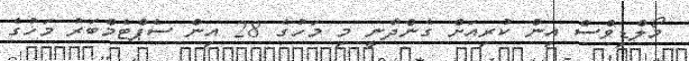
މޯލްޑިވްސް އިން ކުރިއަށް ގެންދާނީ މި މަހުގެ 28 އިން ސެޕްޓެމްބަރު މަހުގެ